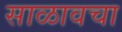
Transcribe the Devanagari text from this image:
साळावचा